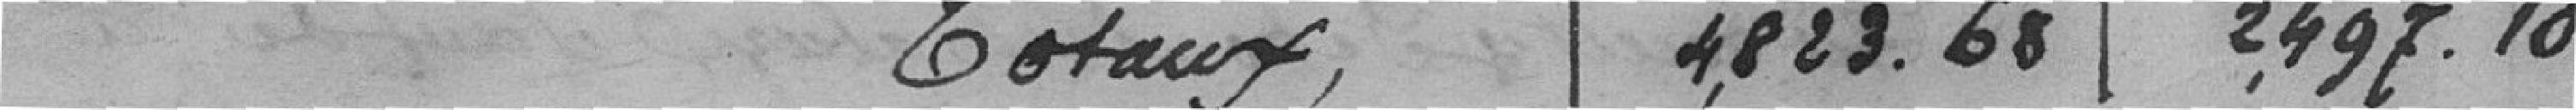
Totaux 4,823.68 2,497.10